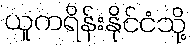
ယူကရိန်းနိုင်ငံသို့